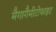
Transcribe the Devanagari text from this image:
मैगागैमीटोफाइट